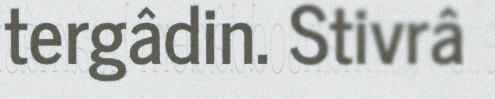
tergâdin. Stivrâ